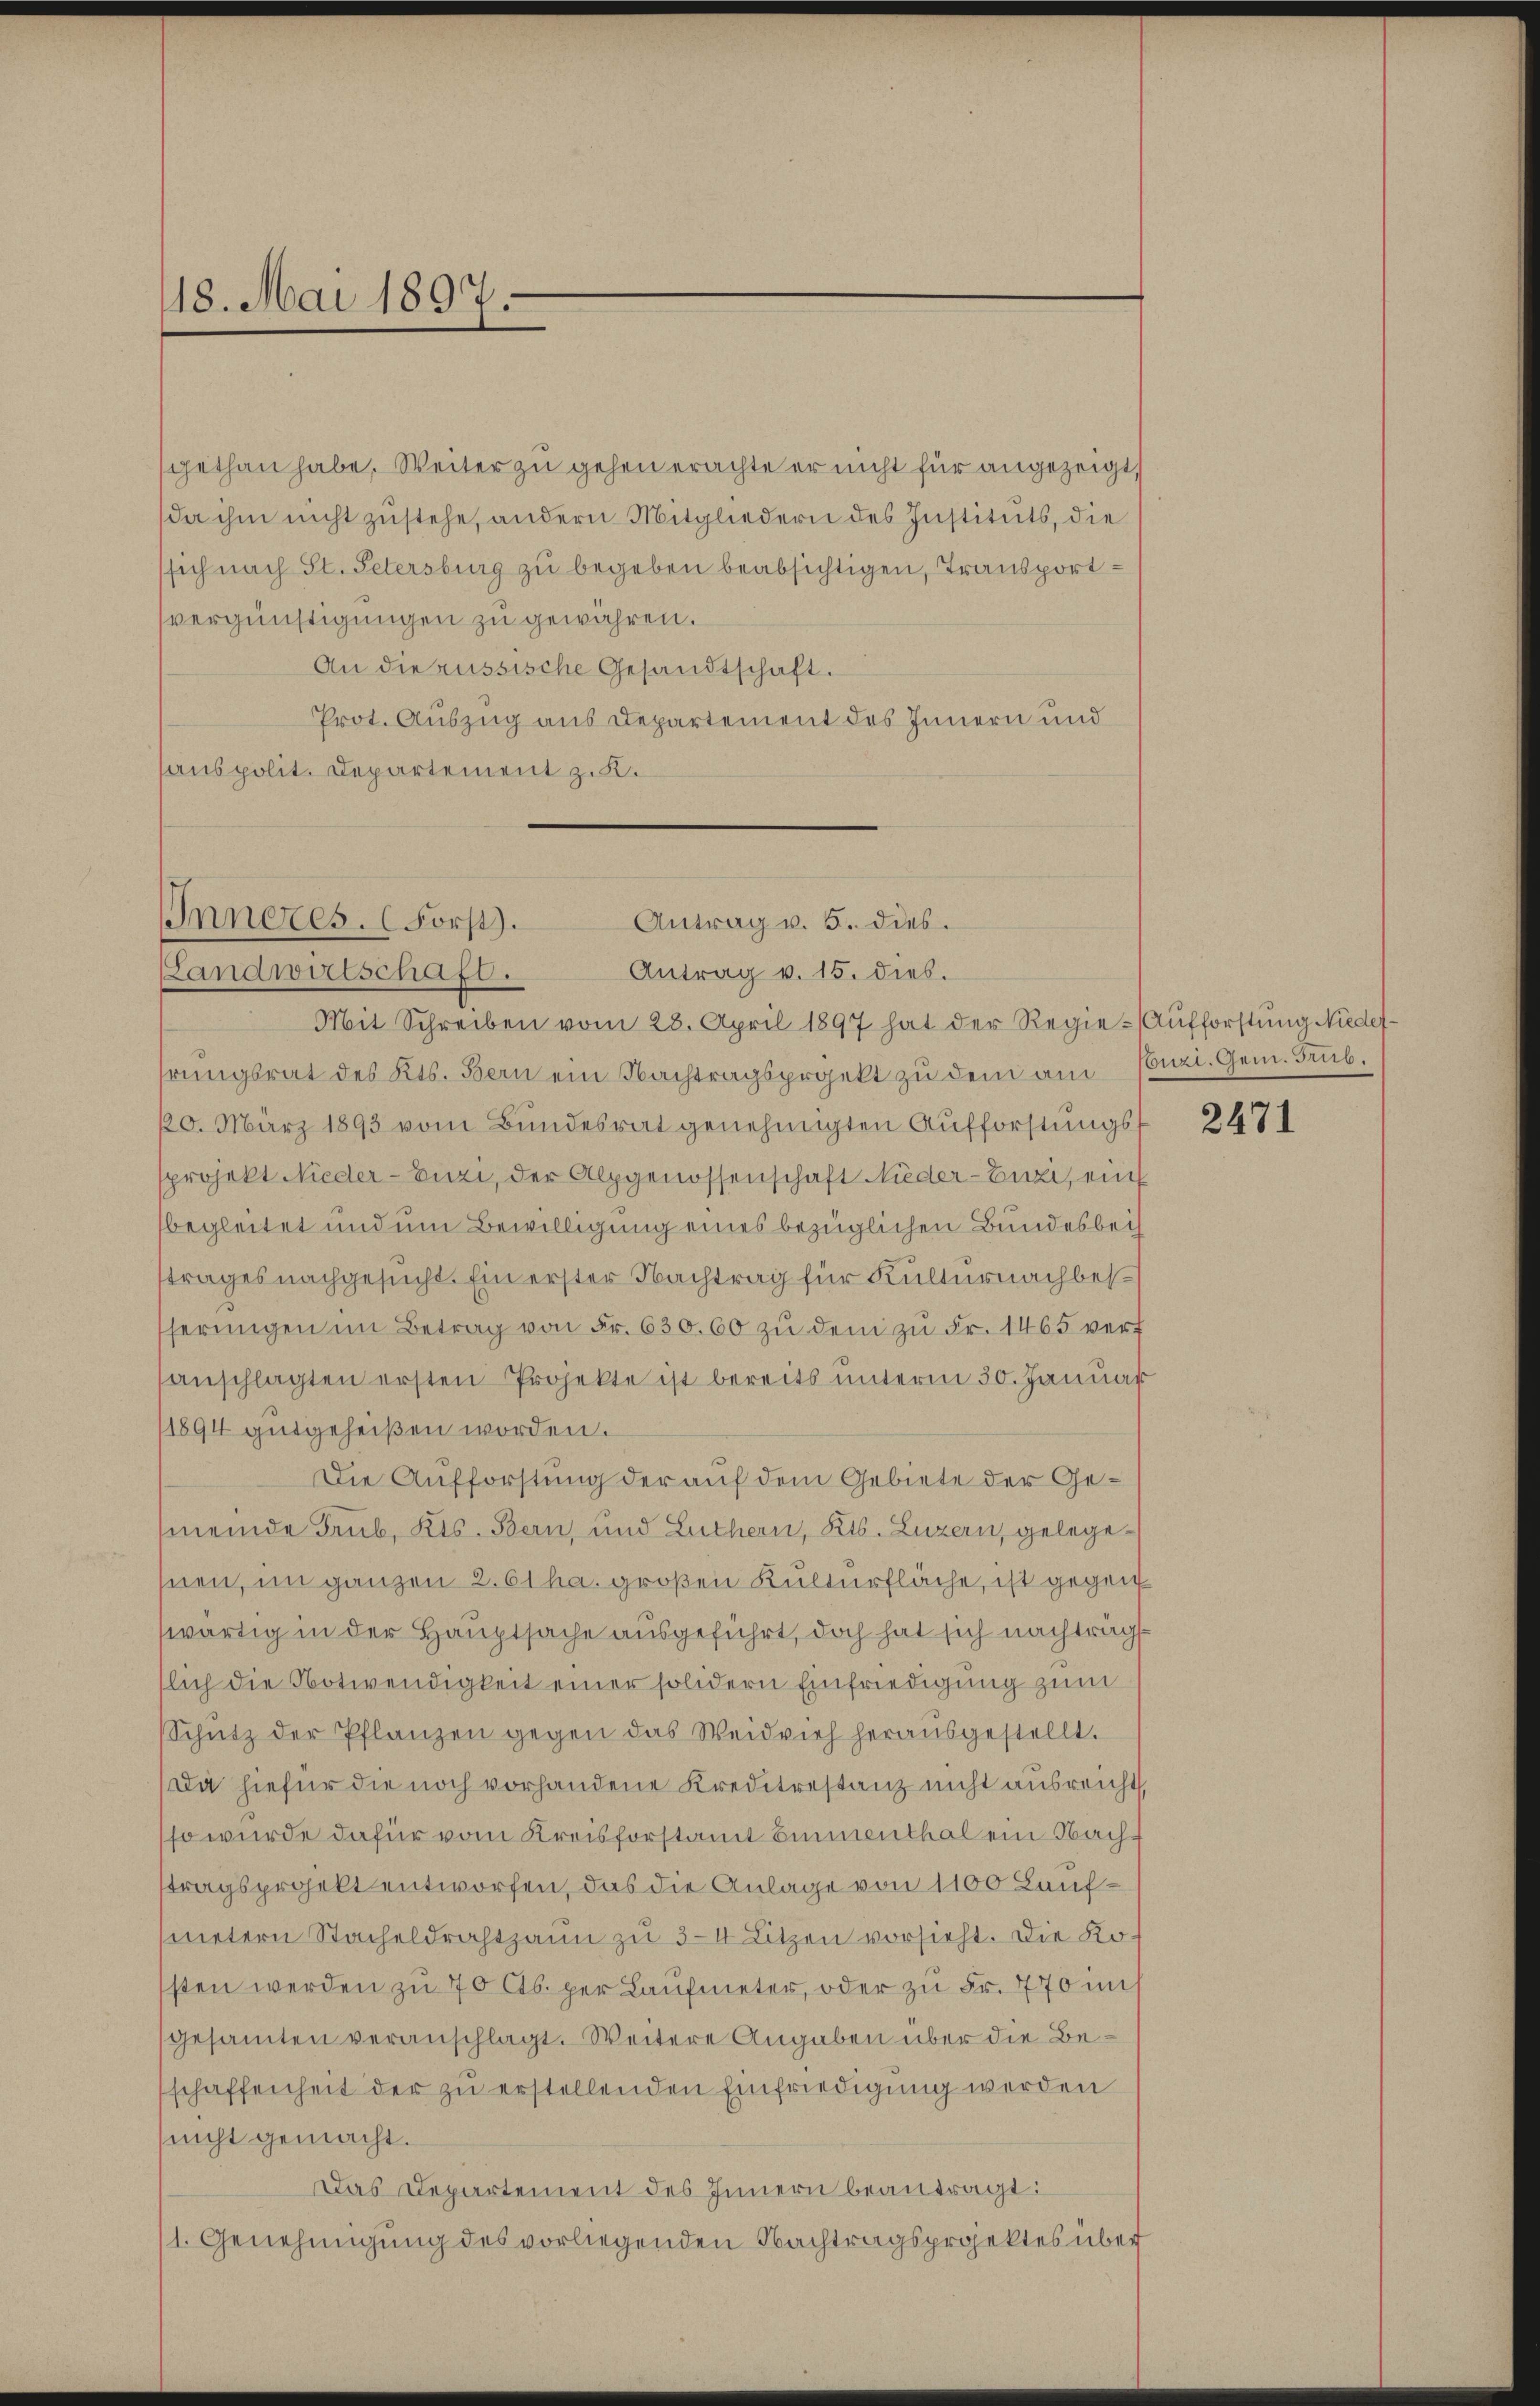
18. Mai 1897.

sgethan habe. Weiter zu gehen erachte er nicht für angezeigt,
da ihm nicht zustehe, andern Mitgliedern des Instituts, die
ssich nach St. Petersburg zu begeben beabsichtigen, Transportvergünstigungen zu gewähren.
An die russische Gesandtschaft.
Prot. Auszug aus Departement des Innern und
anspolit. Departement z. B.

Inneres. (Forst).
Antrag v. 5. dies.
Antrag v. 15. dies.

(Landwirtschaft.
Mit Schreiben vom 28. April 1897 hat der Regie-Aufforstung Niedeshrungsrat des Kts. Bern ein Nachtragsprojekt zu dem am Conzi. Gem. Trub.
120. März 1893 vom Bundesrat genehmigten Aufforstungssprojekt Nieder-Euzi, der Alpgenossenschaft Nieder-Enzi, ein
begleitet und um Bewilligung eines bezüglichen Bundesbeitrages nachgesucht. Ein erster Nachtrag für Kulturnachbesserŭngen im Betrag von Fr. 630. 60 zu dem zu Fr. 1465 verf
anschlagten ersten Projekte ist bereits unterm 30. Januar
1894 gutgeheißen worden.
Die Aufforstung der auf dem Gebiete der Ge¬
(meinde Trub, Kts. Bern, und Luthern, Kts. Luzern, gelegeseien, im ganzen 2. 61 ha. großen Kulturfläche, ist gegen
wärtig in der Hauptsache ausgeführt, doch hat sich nachträg
slich die Notwendigkeit einer solidern Einfriedigung zum
Schütz der Pflanzen gegen das Weidvieh heraŭsgestellt.
Da hiefür die noch vorhandene Kreditrestanz nicht ausreicht,
so wurde dafür vom Kreisforstamt Einmenthal ein Nachstragsprojekt entworfen, das die Anlage von 1100 Laufmetern Stacheldrahtzaun zu 3-4 Litzen vorsieht. Die Kossten werden zu 70 Cts. per Laufmeter, oder zu Fr. 770 ins
gesammten veranschlagt. Weitere Angaben über die Beschaffenheit der zu erstellenden Einfriedigung werden
(nicht gemacht.
Das Departement des Innern beantragt:
1. Genehmigung des vorliegenden Nachtragsprojektes über

2471